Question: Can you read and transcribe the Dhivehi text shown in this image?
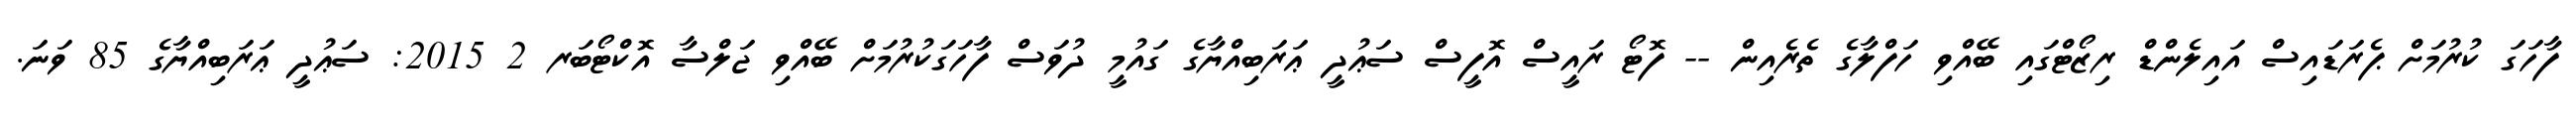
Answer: ފާހަގަ ކުރުމަށް ޕެރަޑައިސް އައިލެންޑް ރިޒޯޓްގައި ބޭއްވި ހަފްލާގެ ތެރެއިން -- ފޮޓޯ ރައީސް އޮފީސް ސަޢުދީ ޢަރަބިއްޔާގެ ގައުމީ ދުވަސް ފާހަގަކުރުމަށް ބޭއްވި ޖަލްސާ އޮކްޓޯބަރ 2 2015: ސަޢުދީ ޢަރަބިއްޔާގެ 85 ވަނަ.